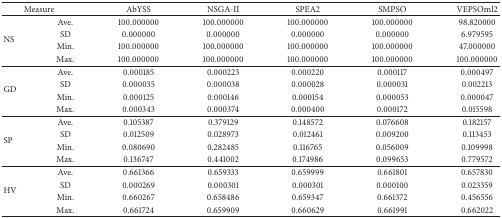
<table><thead><tr><td colspan="2"><b> Measure</b></td><td><b> AbYSS</b></td><td><b> NSGA-II</b></td><td><b> SPEA2</b></td><td><b> SMPSO</b></td><td><b> VEPSOml2</b></td></tr></thead><tbody><tr><td rowspan="4"> NS </td><td> Ave.</td><td> 100.000000</td><td> 100.000000</td><td> 100.000000</td><td> 100.000000</td><td> 98.820000</td></tr><tr><td> SD</td><td> 0.000000</td><td> 0.000000</td><td> 0.000000</td><td> 0.000000</td><td> 6.979595</td></tr><tr><td> Min.</td><td> 100.000000</td><td> 100.000000</td><td> 100.000000</td><td> 100.000000</td><td> 47.000000</td></tr><tr><td> Max.</td><td> 100.000000</td><td> 100.000000</td><td> 100.000000</td><td> 100.000000</td><td> 100.000000</td></tr><tr><td rowspan="4"> GD </td><td> Ave.</td><td> 0.000185</td><td> 0.000223</td><td> 0.000220</td><td> 0.000117</td><td> 0.000497</td></tr><tr><td> SD</td><td> 0.000035</td><td> 0.000038</td><td> 0.000028</td><td> 0.000031</td><td> 0.002213</td></tr><tr><td> Min.</td><td> 0.000125</td><td> 0.000146</td><td> 0.000154</td><td> 0.000053</td><td> 0.000047</td></tr><tr><td> Max.</td><td> 0.000343</td><td> 0.000374</td><td> 0.000400</td><td> 0.000172</td><td> 0.015598</td></tr><tr><td rowspan="4"> SP </td><td> Ave.</td><td> 0.105387</td><td> 0.379129</td><td> 0.148572</td><td> 0.076608</td><td> 0.182157</td></tr><tr><td> SD</td><td> 0.012509</td><td> 0.028973</td><td> 0.012461</td><td> 0.009200</td><td> 0.113453</td></tr><tr><td> Min.</td><td> 0.080690</td><td> 0.282485</td><td> 0.116765</td><td> 0.056009</td><td> 0.109998</td></tr><tr><td> Max.</td><td> 0.136747</td><td> 0.441002</td><td> 0.174986</td><td> 0.099653</td><td> 0.779572</td></tr><tr><td rowspan="4"> HV </td><td> Ave.</td><td> 0.661366</td><td> 0.659333</td><td> 0.659999</td><td> 0.661801</td><td> 0.657830</td></tr><tr><td> SD</td><td> 0.000269</td><td> 0.000301</td><td> 0.000301</td><td> 0.000100</td><td> 0.023359</td></tr><tr><td> Min.</td><td> 0.660267</td><td> 0.658486</td><td> 0.659347</td><td> 0.661372</td><td> 0.456556</td></tr><tr><td> Max.</td><td> 0.661724</td><td> 0.659909</td><td> 0.660629</td><td> 0.661991</td><td> 0.662022</td></tr></tbody></table>